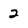
Character: 2